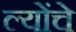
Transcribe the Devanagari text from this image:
ल्योंचे